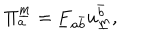
LaTeX: \Pi _ { a } ^ { \underline { { { m } } } } = \underline { { { F } } } _ { { a } { \bar { b } } } u _ { \underline { { { m } } } } ^ { \bar { b } } ,